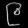
Digit: ၉